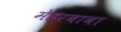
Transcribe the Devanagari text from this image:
मेहरबाबा